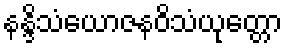
နန္ဒိသံယောဇနဝိသံယုတ္တော